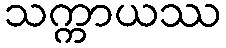
သက္ကာယဿ